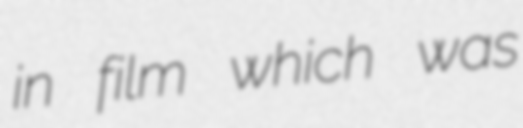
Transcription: in film which was